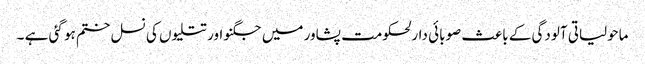
ماحولیاتی آلودگی کے باعث صوبائی دارلحکومت پشاور میں جگنو اور تتلیوں کی نسل ختم ہو گئی ہے ۔